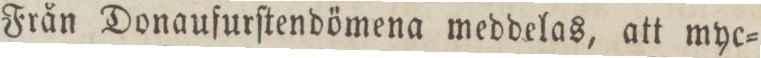
Från Donaufurſtendömena meddelas, att myc=